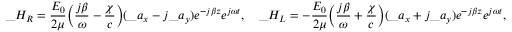
\_ H _ { \/ R } = { \frac { E _ { 0 } } { 2 \mu } } \Big ( { \frac { j \beta } { \omega } } - { \frac { \chi } { c } } \Big ) ( \_ a _ { x } - j \_ a _ { y } ) e ^ { - j \beta z } e ^ { j \omega t } , \quad \_ H _ { \/ L } = - { \frac { E _ { 0 } } { 2 \mu } } \Big ( { \frac { j \beta } { \omega } } + { \frac { \chi } { c } } \Big ) ( \_ a _ { x } + j \_ a _ { y } ) e ^ { - j \beta z } e ^ { j \omega t } ,